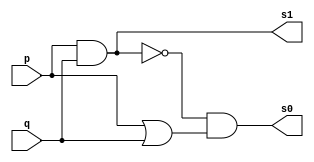
// ---------------------------
// Guia_03 - Exercicio 1
// Nome: Marco Antonio M. Belo
// ---------------------------

// ---------------------
// -- half adder
// ---------------------

module half_adder (s0, s1, p, q);
 output s0, s1;
 input  p,q;
 wire temp1, temp2;
 
 or  OR1(temp1, p, q);
 and AND1(s1, p, q); 
 not NOT1(temp2, s1);
 and AND2(s0, temp2,temp1);
 
endmodule 

// ---------------------
// -- test half adder
// ---------------------

module test;
 reg   a, b;
 wire  s0, s1;
          // instancia
 half_adder MS1(s1, s0, a, b);
 
 initial begin:start
      a=0; b=0;
 end

          // parte principal
 initial begin:main
      $display("Exercico 1 - GUIA 03\nMarco Antonio M. Belo - 0410796\n");
      $display("Meia Soma");
      $display("\na + b = s\n");
      $monitor("%b + %b = %b%b", a, b, s0, s1);
  #1  a=0; b=1;
  #1  a=1; b=0;
  #1  a=1; b=1;

 end
endmodule // testxorgate